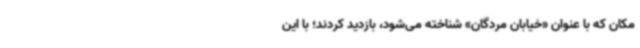
مکان که با عنوان «خیابان مردگان» شناخته می‌شود، بازدید کردند؛ با این